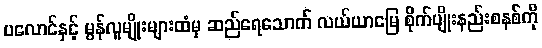
ပလောင်နှင့် မွန်လူမျိုးများထံမှ ဆည်ရေသောက် လယ်ယာမြေ စိုက်ပျိုးနည်းစနစ်ကို